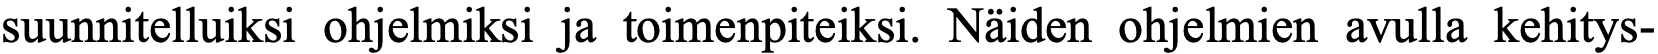
suunnitelluiksi ohjelmiksi ja toimenpiteiksi. Näiden ohjelmien avulla kehitys-